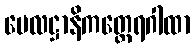
ဗေလဋ္ဌာနိကတ္ထေရဂါထာ